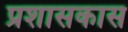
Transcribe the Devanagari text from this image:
प्रशासकास